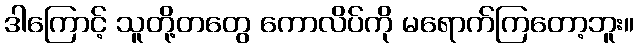
ဒါကြောင့် သူတို့တတွေ ကောလိပ်ကို မရောက်ကြတော့ဘူး။